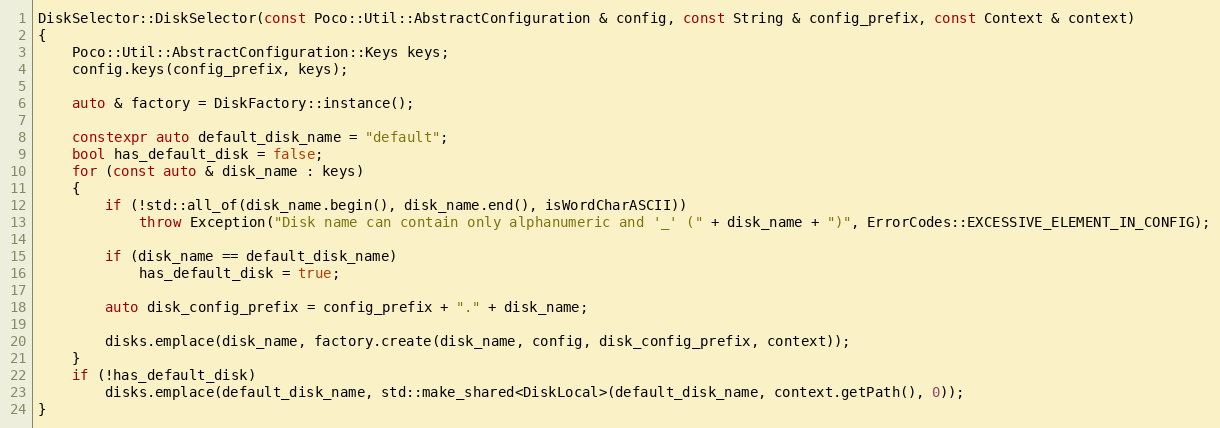
Language: C++
DiskSelector::DiskSelector(const Poco::Util::AbstractConfiguration & config, const String & config_prefix, const Context & context)
{
    Poco::Util::AbstractConfiguration::Keys keys;
    config.keys(config_prefix, keys);

    auto & factory = DiskFactory::instance();

    constexpr auto default_disk_name = "default";
    bool has_default_disk = false;
    for (const auto & disk_name : keys)
    {
        if (!std::all_of(disk_name.begin(), disk_name.end(), isWordCharASCII))
            throw Exception("Disk name can contain only alphanumeric and '_' (" + disk_name + ")", ErrorCodes::EXCESSIVE_ELEMENT_IN_CONFIG);

        if (disk_name == default_disk_name)
            has_default_disk = true;

        auto disk_config_prefix = config_prefix + "." + disk_name;

        disks.emplace(disk_name, factory.create(disk_name, config, disk_config_prefix, context));
    }
    if (!has_default_disk)
        disks.emplace(default_disk_name, std::make_shared<DiskLocal>(default_disk_name, context.getPath(), 0));
}